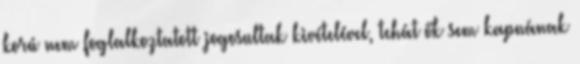
korú nem foglalkoztatott jogosultak kivételével, tehát ők sem kapnának